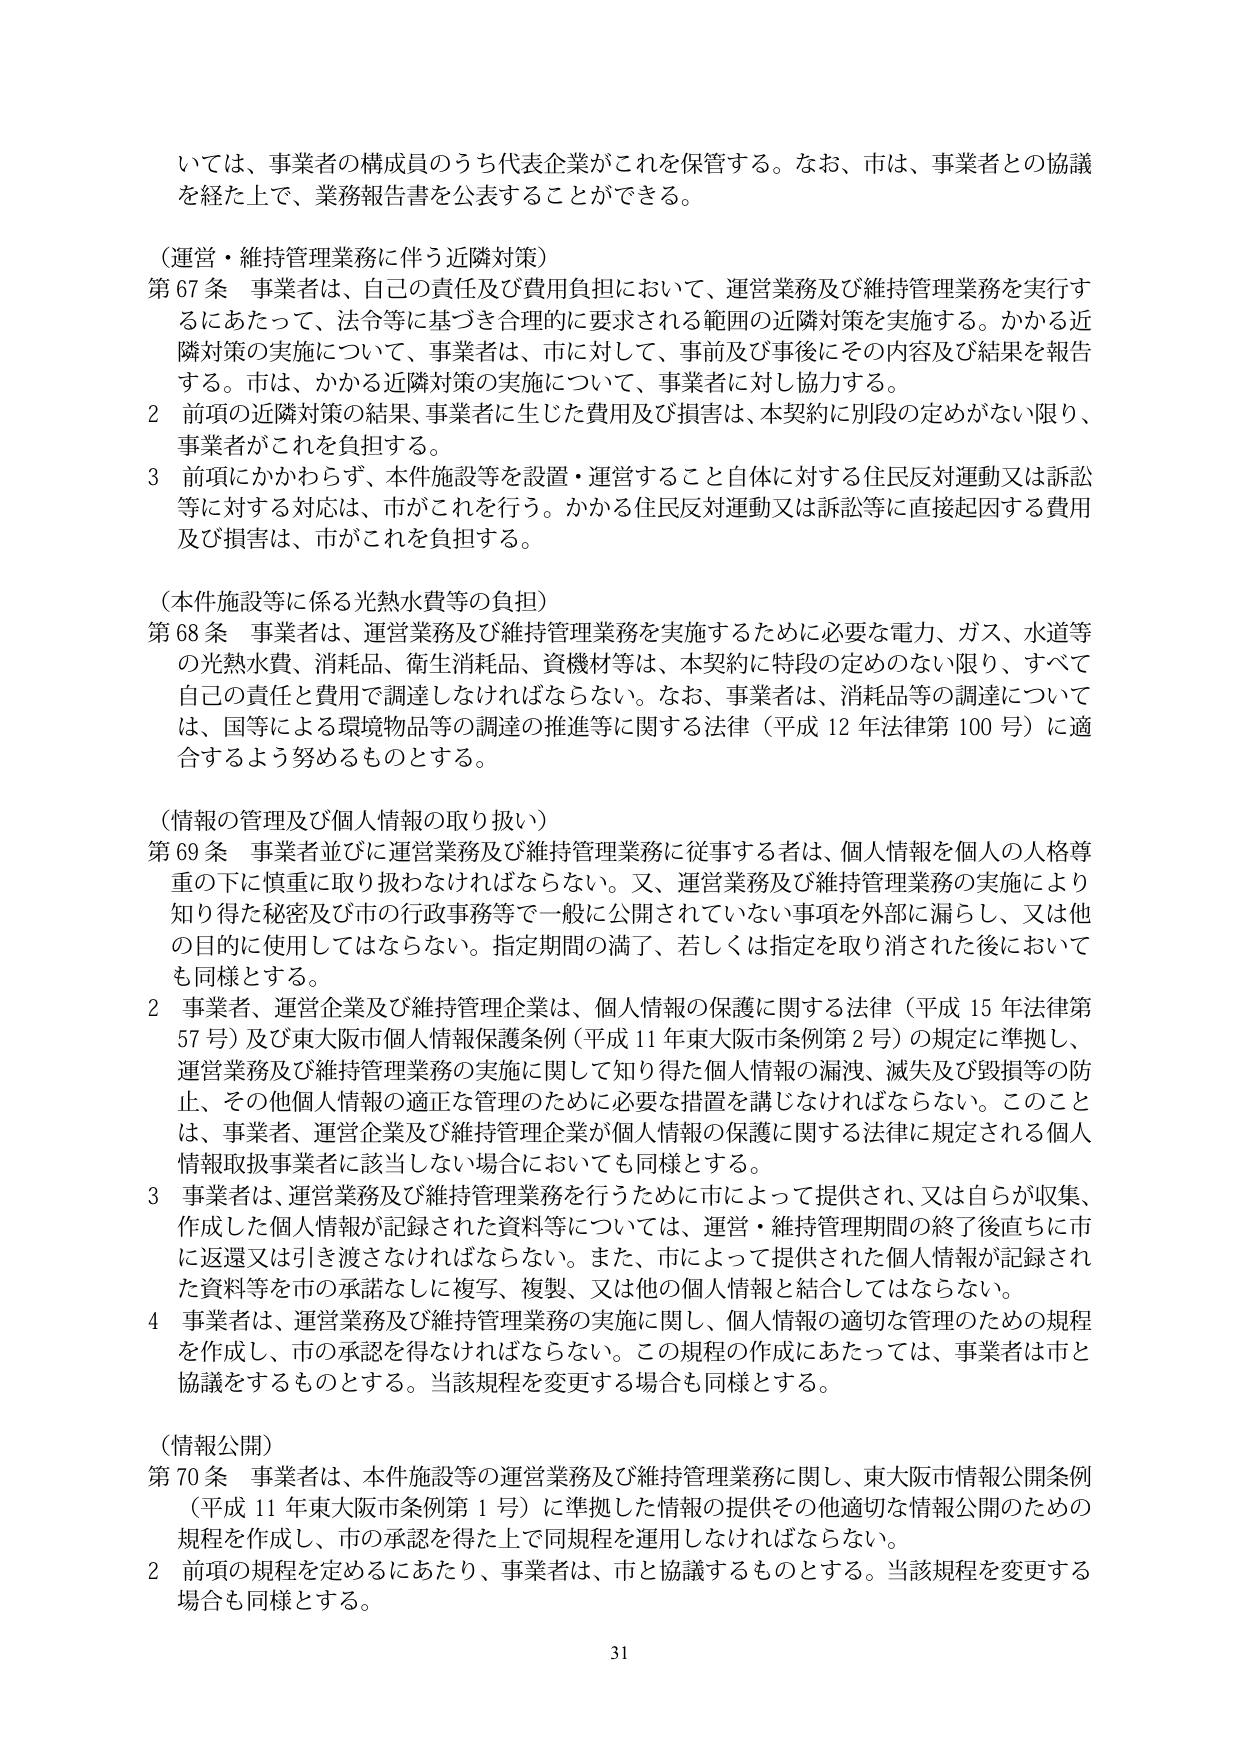
いては、事業者の構成員のうち代表企業がこれを保管する。なお、市は、事業者との協議を経た上で、業務報告書を公表することができる。

（運営・維持管理業務に伴う近隣対策）
第67条 事業者は、自己の責任及び費用負担において、運営業務及び維持管理業務を実行するにあたって、法令等に基づき合理的に要求される範囲の近隣対策を実施する。かかる近隣対策の実施について、事業者は、市に対して、事前及び事後にその内容及び結果を報告する。市は、かかる近隣対策の実施について、事業者に対し協力する。
2 前項の近隣対策の結果、事業者に生じた費用及び損害は、本契約に別段の定めがない限り、事業者がこれを負担する。
3 前項にかかわらず、本件施設等を設置・運営すること自体に対する住民反対運動又は訴訟等に対する対応は、市がこれを行う。かかる住民反対運動又は訴訟等に直接起因する費用及び損害は、市がこれを負担する。

（本件施設等に係る光熱水費等の負担）
第68条 事業者は、運営業務及び維持管理業務を実施するために必要な電力、ガス、水道等の光熱水費、消耗品、衛生消耗品、資機材等は、本契約に特段の定めのない限り、すべて自己の責任と費用で調達しなければならない。なお、事業者は、消耗品等の調達については、国等による環境物品等の調達の推進等に関する法律（平成12年法律第100号）に適合するよう努めるものとする。

（情報の管理及び個人情報の取り扱い）
第69条 事業者並びに運営業務及び維持管理業務に従事する者は、個人情報を個人の人格尊重の下に慎重に取り扱わなければならない。又、運営業務及び維持管理業務の実施により知り得た秘密及び市の行政事務等で一般に公開されていない事項を外部に漏らし、又は他の目的に使用してはならない。指定期間の満了、若しくは指定を取り消された後においても同様とする。
2 事業者、運営企業及び維持管理企業は、個人情報の保護に関する法律（平成15年法律第57号）及び東大阪市個人情報保護条例（平成11年東大阪市条例第2号）の規定に準拠し、運営業務及び維持管理業務の実施に関して知り得た個人情報の漏洩、滅失及び毀損等の防止、その他個人情報の適正な管理のために必要な措置を講じなければならない。このことは、事業者、運営企業及び維持管理企業が個人情報の保護に関する法律に規定される個人情報取扱事業者に該当しない場合においても同様とする。
3 事業者は、運営業務及び維持管理業務を行うために市によって提供され、又は自らが収集、作成した個人情報が記録された資料等については、運営・維持管理期間の終了後直ちに市に返還又は引き渡さなければならない。また、市によって提供された個人情報が記録された資料等を市の承諾なしに複写、複製、又は他の個人情報と結合してはならない。
4 事業者は、運営業務及び維持管理業務の実施に関し、個人情報の適切な管理のための規程を作成し、市の承認を得なければならない。この規程の作成にあたっては、事業者は市と協議をするものとする。当該規程を変更する場合も同様とする。

（情報公開）
第70条 事業者は、本件施設等の運営業務及び維持管理業務に関し、東大阪市情報公開条例（平成11年東大阪市条例第1号）に準拠した情報の提供その他適切な情報公開のための規程を作成し、市の承認を得た上で同規程を運用しなければならない。
2 前項の規程を定めるにあたり、事業者は、市と協議するものとする。当該規程を変更する場合も同様とする。

31